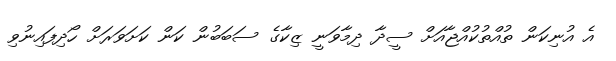
އެ އުނިކަން ތުއްތުކުއްޖާއަށް ސީދާ ދިމާވަނީ ޒިކާގެ ސަބަބުން ކަން ކަށަވަރަށް ހޯދިފައިނުވި